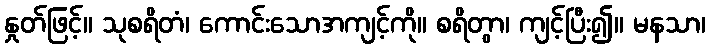
နှုတ်ဖြင့်။ သုစရိတံ၊ ကောင်းသောအကျင့်ကို။ စရိတွာ၊ ကျင့်ပြီး၍။ မနသာ၊